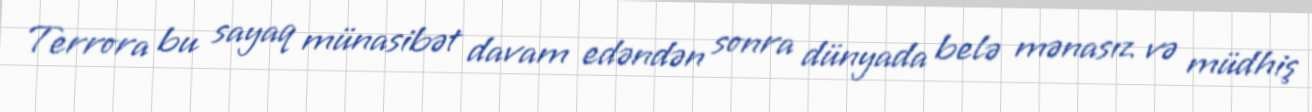
Terrora bu sayaq münasibət davam edəndən sonra dünyada belə mənasız və müdhiş